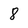
Character: 8